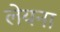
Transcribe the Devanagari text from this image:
लेयना